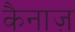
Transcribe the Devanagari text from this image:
कैनाज़